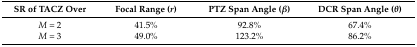
| SR of TACZ Over | Focal Range (r) | PTZ Span Angle (β) | DCR Span Angle (θ) |
 | --- | --- | --- | --- |
 | M = 2 | 41.5% | 92.8% | 67.4% |
 | M = 3 | 49.0% | 123.2% | 86.2% |